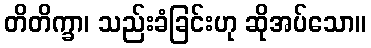
တိတိက္ခာ၊ သည်းခံခြင်းဟု ဆိုအပ်သော။